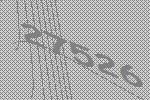
27526